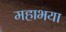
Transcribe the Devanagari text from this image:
महाभया